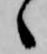
々